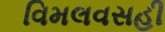
વિમલવસહી